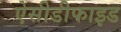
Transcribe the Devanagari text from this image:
ऐसीडीफाइड